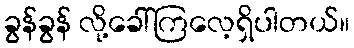
ခွန်ခွန် လို့ခေါ်ကြလေ့ရှိပါတယ်။